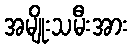
အမျိုးသမီးအား